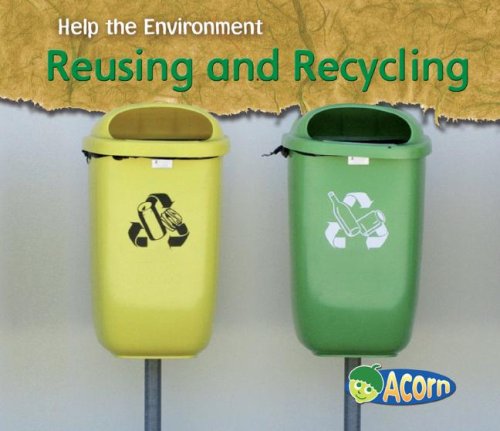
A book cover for Reusing and Recycling (Help the Environment); Charlotte Guillain; Science & Math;